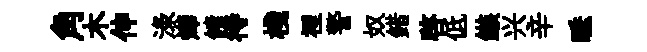
角木伸渌燁饋待棧裡警奴錯啓低鏃兴辛睡